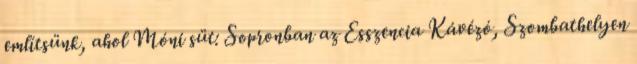
említsünk, ahol Móni süt: Sopronban az Esszencia Kávézó, Szombathelyen